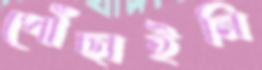
পৌঁছাইনি